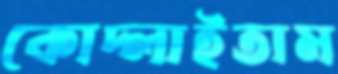
কোদ্‌লাইতাম